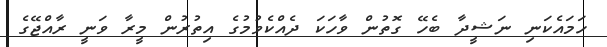
ހަމައެކަނި ނަޝީދާ ބެހޭ ގޮތުން ވާހަކަ ދެއްކެވުމުގެ އިތުރުން މީރާ ވަނީ ރާއްޖޭގެ